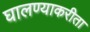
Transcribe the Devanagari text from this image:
घालण्याकरीता